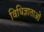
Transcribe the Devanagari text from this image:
विधिज्ञाताओं